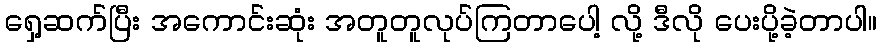
ရှေ့ဆက်ပြီး အကောင်းဆုံး အတူတူလုပ်ကြတာပေါ့ လို့ ဒီလို ပေးပို့ခဲ့တာပါ။